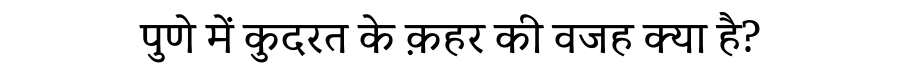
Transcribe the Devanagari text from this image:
पुणे में कुदरत के क़हर की वजह क्या है?